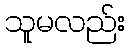
သူမလည်း